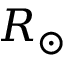
R _ { \odot }